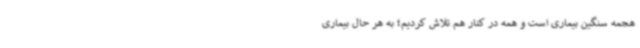
هجمه سنگین بیماری است و همه در کنار هم تلاش کردیم؛ به هر حال بیماری